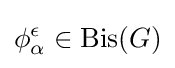
\phi _{\alpha }^{\epsilon }\in \mathrm {Bis} (G)